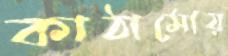
কাঠামোয়